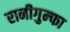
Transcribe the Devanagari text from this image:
रानीगुम्फा